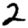
Digit: 2